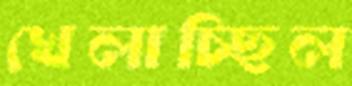
খেলাচ্ছিল